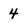
Character: 4